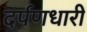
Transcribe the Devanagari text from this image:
दर्पणधारी